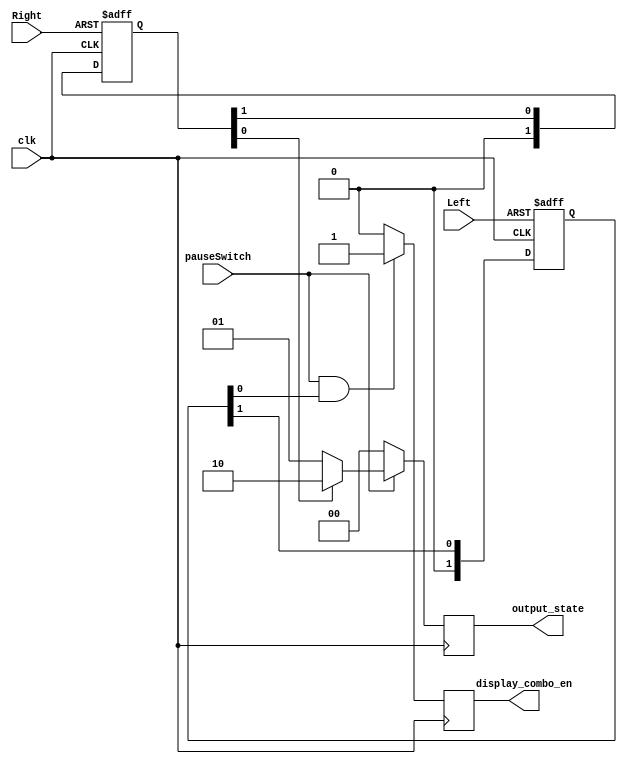
module stateGenerator 
(
	// Outputs
	output_state, display_combo_en,
	// Inputs
	Right, clk, Left, pauseSwitch
	);

output [STATE_BITS:0] output_state;
output display_combo_en;

input Right; //reset
input Left; //display combo
input pauseSwitch; //pause

input clk;

parameter STATE_GAME = 0, STATE_PAUSE = 1,STATE_RESET = 2,STATE_BITS = 1,RANDOM_BITS = 6;
parameter NUM_ARROWS = 11,NUM_ARROWS_BITS = 4,ARROW_UP = 10,ARROW_DOWN = 11,ARROW_LEFT = 12,ARROW_RIGHT = 13,ARROW_UP_DOWN = 14,ARROW_UP_LEFT = 15,ARROW_UP_RIGHT = 16,ARROW_DOWN_LEFT = 17,ARROW_DOWN_RIGHT = 18,ARROW_LEFT_RIGHT = 19,ARROW_NONE = 20;
parameter SEG_ARROW_UP = 7'b1111110,SEG_ARROW_DOWN = 7'b1110111,SEG_ARROW_LEFT = 7'b1001111,SEG_ARROW_RIGHT = 7'b1111001,SEG_ARROW_UP_DOWN = SEG_ARROW_UP & SEG_ARROW_DOWN,SEG_ARROW_UP_LEFT = SEG_ARROW_UP & SEG_ARROW_LEFT,SEG_ARROW_UP_RIGHT = SEG_ARROW_UP & SEG_ARROW_RIGHT,SEG_ARROW_DOWN_LEFT = SEG_ARROW_DOWN & SEG_ARROW_LEFT,SEG_ARROW_DOWN_RIGHT = SEG_ARROW_DOWN & SEG_ARROW_RIGHT,SEG_ARROW_LEFT_RIGHT = SEG_ARROW_LEFT & SEG_ARROW_RIGHT,SEG_ARROW_NONE = 7'b1111111;
parameter SEG_ZERO = 7'b1000000,SEG_ONE = 7'b1111001,SEG_TWO = 7'b0100100,SEG_THREE = 7'b0110000, SEG_FOUR = 7'b0011001,SEG_FIVE = 7'b0010010, SEG_SIX = 7'b0000010,SEG_SEVEN = 7'b1111000, SEG_EIGHT = 7'b0000000,SEG_NINE = 7'b0011000;
//HIHI
reg [STATE_BITS:0] state = STATE_RESET;
reg is_paused = 0;
reg display_combo_reg = 0;
// ===============
// Asynchronous Reset
// =================
wire 			rst;
wire			arst_i;
reg [1:0]	arst_ff;

assign arst_i = Right;
assign rst = arst_ff[0];

always @ (posedge clk or posedge arst_i)
	if (arst_i)
		arst_ff <= 2'b11;
	else 
		arst_ff <= {1'b0, arst_ff[1]};

// =================
// END Reset
// =================

// ===============
// Asynchronous Display Combo
// =================
wire 			display_combo_i;
wire			async_displayCombo_i;
reg [1:0]	async_displayCombo_ff;

assign async_displayCombo_i = Left;
assign display_combo_i = async_displayCombo_ff[0];

always @ (posedge clk or posedge async_displayCombo_i)
	if (async_displayCombo_i)
		async_displayCombo_ff <= 2'b11;
	else 
		async_displayCombo_ff <= {1'b0, async_displayCombo_ff[1]};

// =================
// END Display Combo
// =================





always @ (posedge clk) //reset mode
    begin
        if (pauseSwitch) //if is paused
            begin
                if (rst)
                    state <= STATE_RESET;
                else
                    state <= STATE_PAUSE;
            end
        else//
            begin
                state <= STATE_GAME;
            end
        
        if (pauseSwitch && display_combo_i)
            display_combo_reg <= 1;
        else 
            display_combo_reg <= 0;
    end   
    

		
assign output_state = state;
assign display_combo_en = display_combo_reg;
endmodule